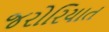
જરોરિયાત